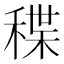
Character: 𥠓